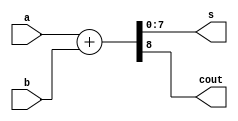
`timescale 1ns / 1ps
//////////////////////////////////////////////////////////////////////////////////
// Company: 
// 
// Design Name: 
// Module Name: HADD8b
// Project Name: 
// Target Devices: 
// Tool Versions: 
// Description:  HADD8b = Half Adder on 8 bits
//
// Dependencies: 
// Additional Comments:
// 
//////////////////////////////////////////////////////////////////////////////////


module HADD8b (
	input [7:0] a,
	input [7:0] b,
	output [7:0] s,
	output cout
	);
	
	assign {cout, s} = a + b;
	
endmodule